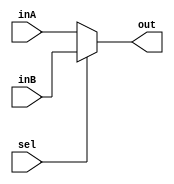
module Mux5Bit2To1(out, inA, inB, sel);

    output reg [4:0] out;
    
    input [4:0] inA;
    input [4:0] inB;
    input sel;

    initial begin
    out <= 0;
    end

    always @(*) begin
    if (sel == 0)
        out <= inA;
    else   
        out <= inB;

    end
endmodule